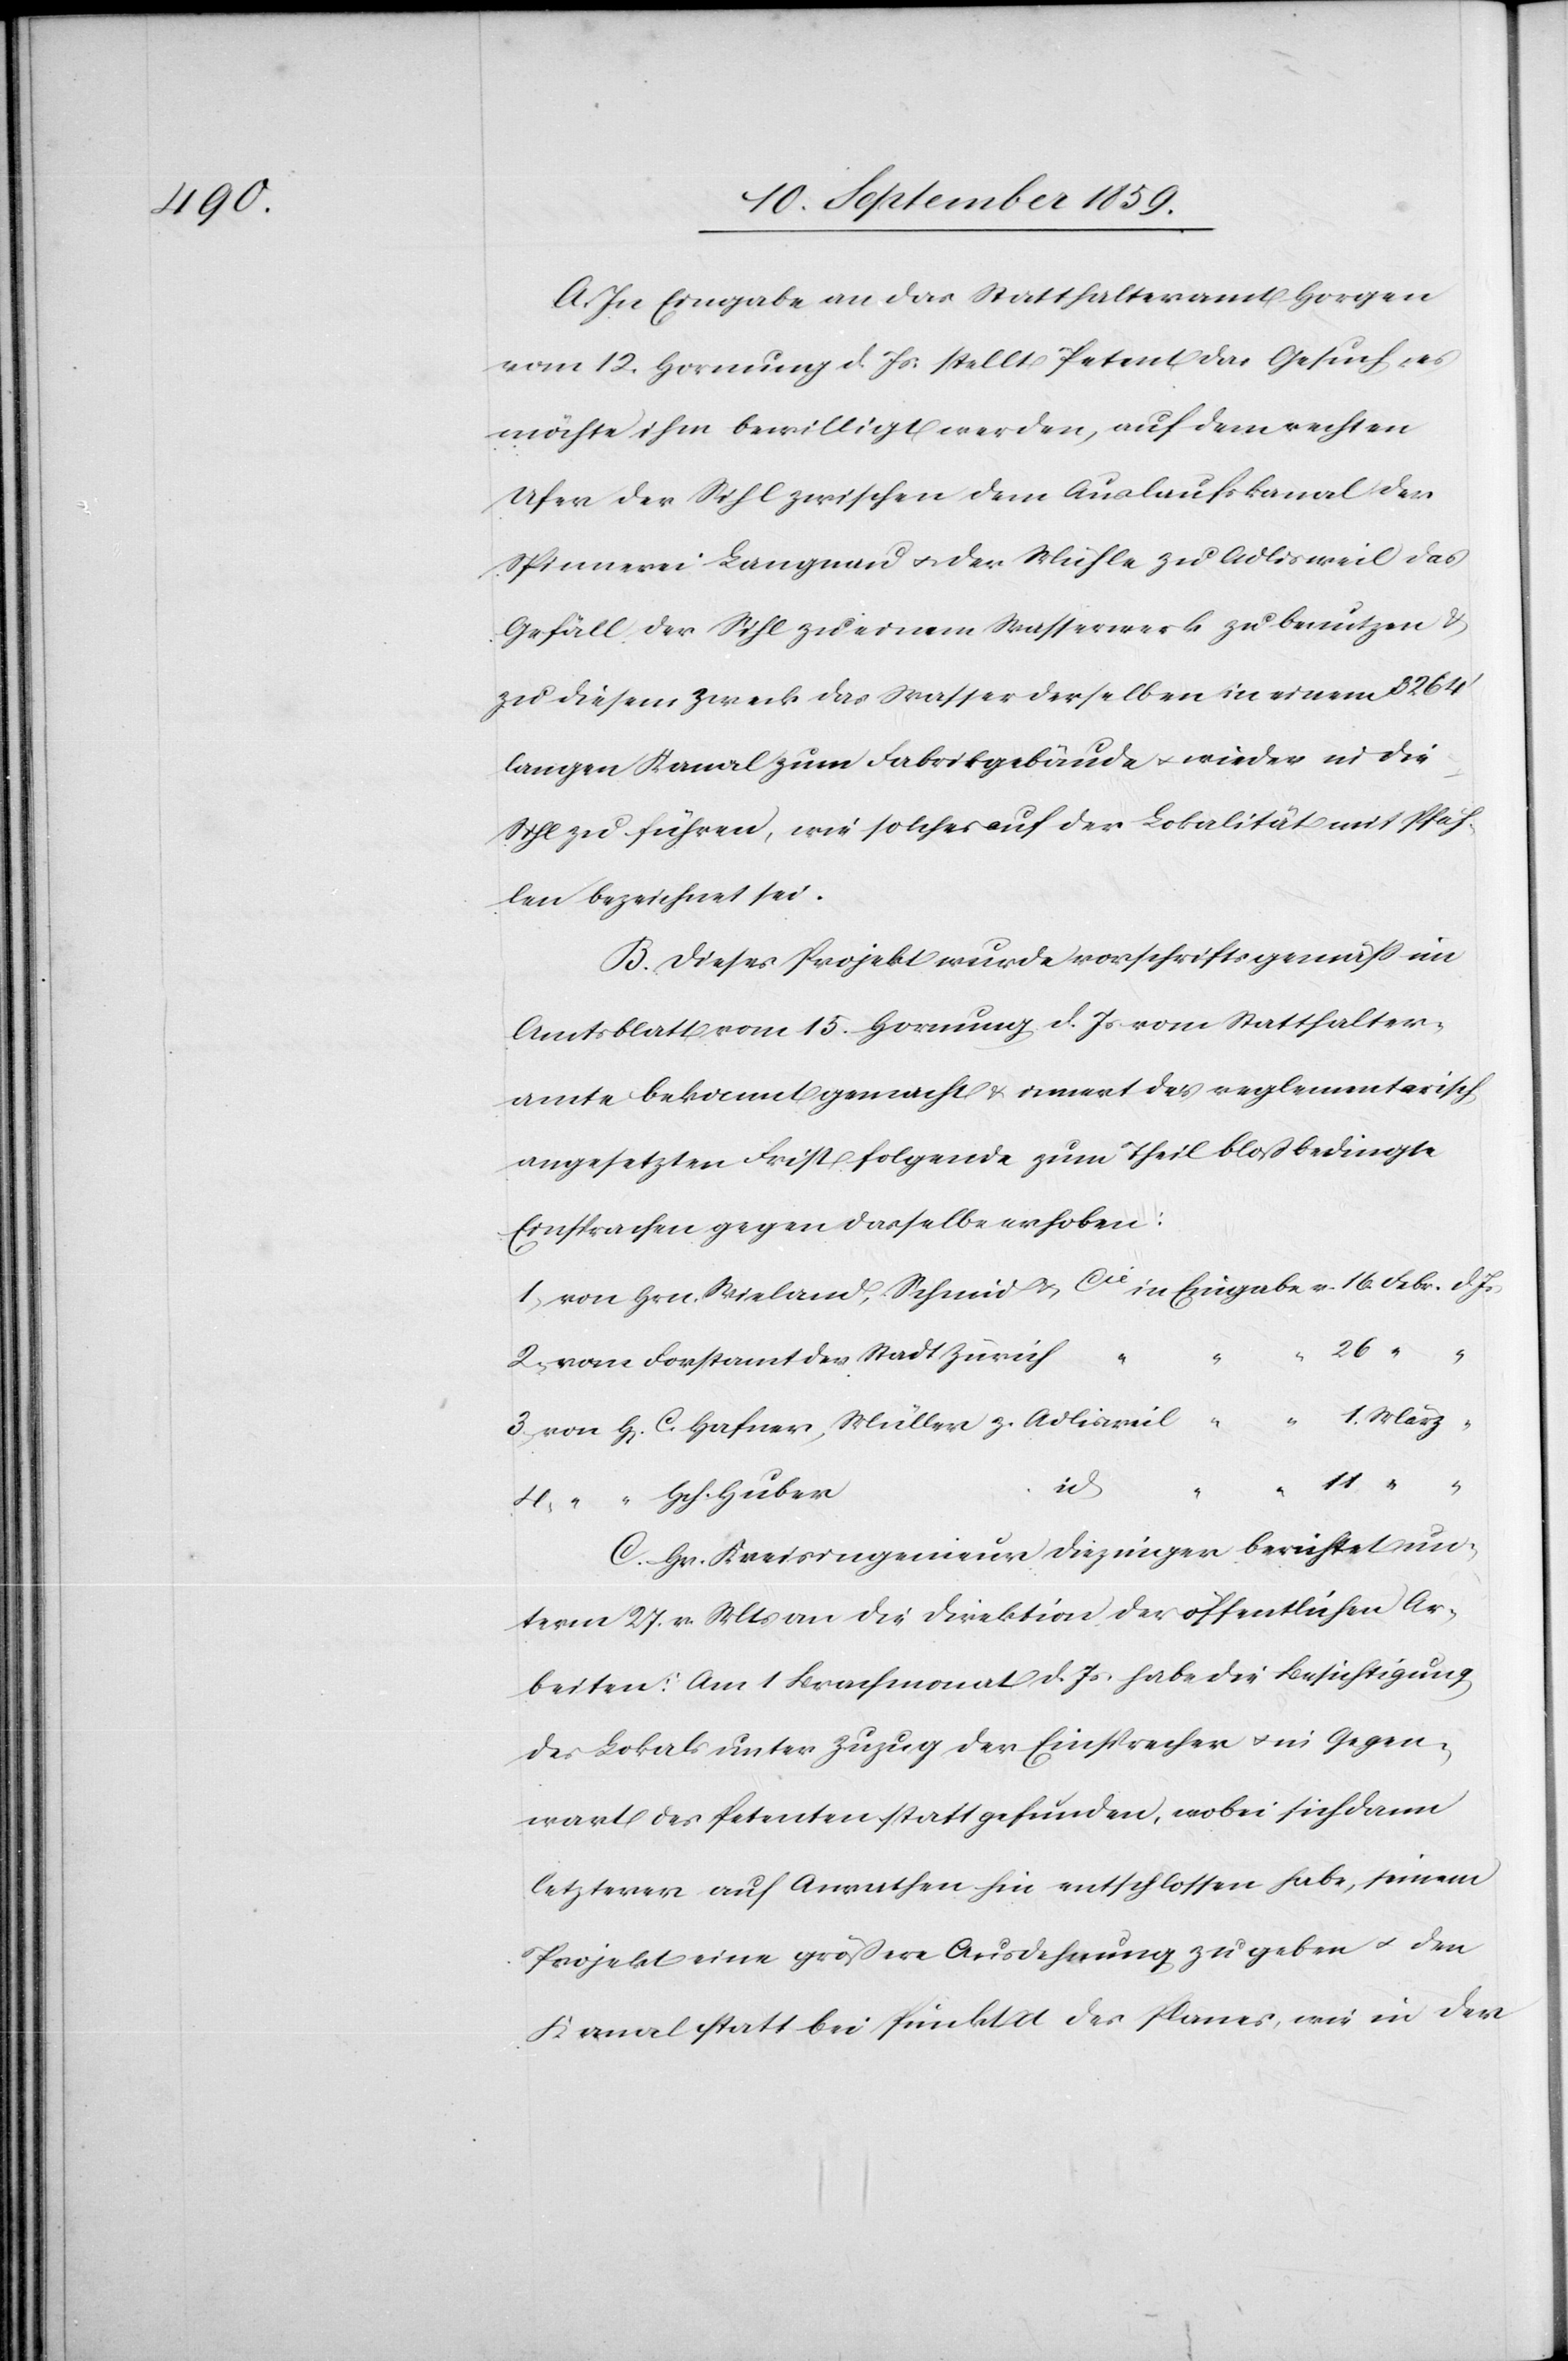
A. In Eingabe an das Statthalteramt Horgen
vom 12. Hornung d. Js. stellt Petent das Gesuch es
möchte ihm bewilligt werden, auf dem rechten
Ufer der Sihl zwischen dem Auslaufskanal der
Spinnerei Langnau & der Mühle zu Adlisweil das
Gefäll der Sihl zu einem Wasserwerk zu benutzen &
zu diesem Zweck das Wasser derselben in einem 3264’
langen Kanal zum Fabrikgebäude & wieder in die
Sihl zu führen, wie solches auf der Lokalität mit Pfäh¬
len bezeichnet sei.
B. Dieses Projekt wurde vorschriftsgemäß im
Amtsblatt vom 15. Hornung d. Js. vom Statthalter¬
amte bekannt gemacht & innert der reglementarisch
angesetzten Frist folgende zum Theil bloß bedingte
Einsprachen gegen dasselbe erhoben:
weil
in
11
“
“
id.
C. Hr. Kreisingenieur Diezinger berichtet un¬
term 27. v. Mts. an die Direktion der öffentlichen Ar¬
beiten: Am 1 Brachmonat d. Js. habe die Besichtigung
des Lokals unter Zuzug der Einsprecher & in Gegen¬
wart des Petenten statt gefunden, wobei sich dann
letzterer auf Anrathen hin entschlossen habe, seinem
Projekt eine größere Ausdehnung zu geben & den
Kanal statt bei Punkt d des Planes, wie in der